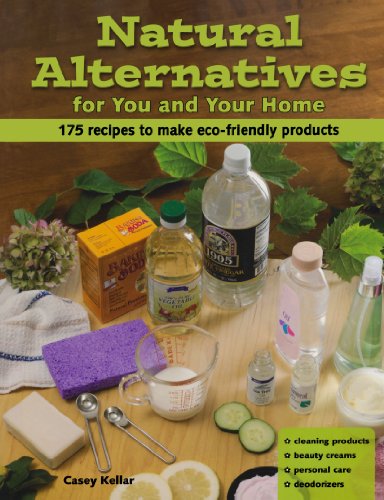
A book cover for Natural Alternatives for You and Your Home: 175 Recipes to Make Eco-Friendly Products; Casey Kellar; Crafts, Hobbies & Home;